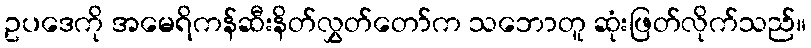
ဥပဒေကို အမေရိကန်ဆီးနိတ်လွှတ်တော်က သဘောတူ ဆုံးဖြတ်လိုက်သည်။